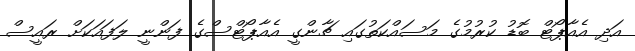
އަދި އެއާޕޯޓް ބޮޑު ކުރުމުގެ މަސައްކަތުގައި ޗާންގީ އެއާޕޯޓްސްގެ ފަންނީ ލަފައަކަށް ރައީސް